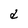
Character: d